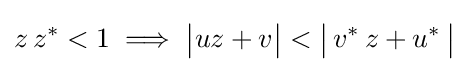
z\,z^{*}<1\implies {\bigl |}uz+v{\bigr |}<{\bigl |}\,v^{*}\,z+u^{*}\,{\bigr |}